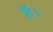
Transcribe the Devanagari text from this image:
हैं।